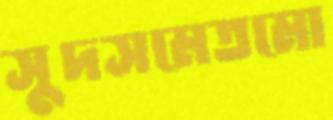
সুদসমেতমো